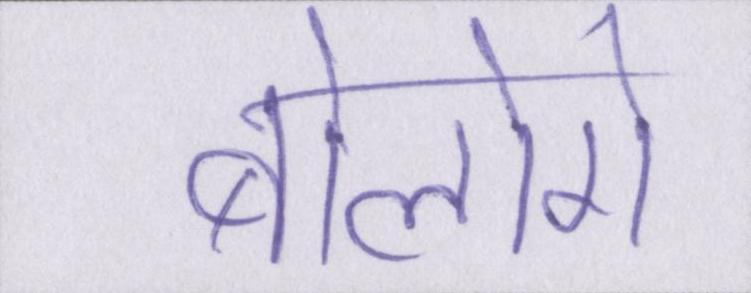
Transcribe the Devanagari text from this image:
बोलोगे